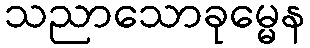
သညာသောခုမ္မေန